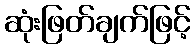
ဆုံးဖြတ်ချက်ဖြင့်